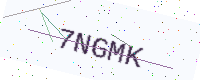
Text: 7NGMK